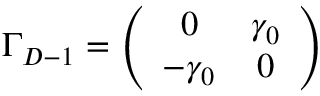
\Gamma _ { D - 1 } = \left( \begin{array} { c c } { { 0 } } & { { \gamma _ { 0 } } } \\ { { - \gamma _ { 0 } } } & { { 0 } } \end{array} \right)